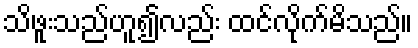
သိဖူးသည်ဟူ၍လည်း ထင်လိုက်မိသည်။